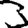
Digit: 3